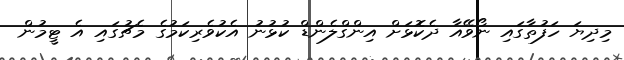
މިދިޔަ ހަފުތާގައި ނޯވޭއާ ދެކޮޅަށް އިންގްލެންޑް ކުޅުނު އެކުވެރިކަމުގެ މެޗުގައި އެ ޓީމުން